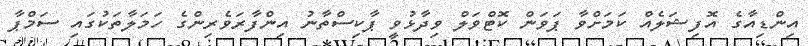
އިންޑިއާގެ އޮފިޝަލެއް ކަމަށްވާ ޕަވަން ކޮޓްވަލް ވިދާޅުވީ ޕާކިސްތާނު އިންފާރަވެރިންގެ ހަމަލާތަކުގައި ސަމްޕާ